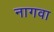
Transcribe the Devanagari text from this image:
नागवा